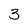
Character: 3